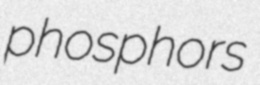
phosphors